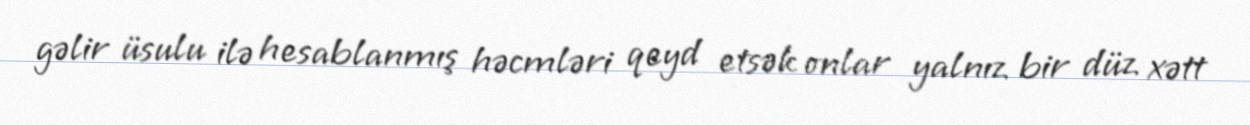
gəlir üsulu ilə hesablanmış həcmləri qeyd etsək onlar yalnız bir düz xətt